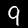
Digit: 9